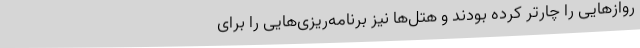
روازهایی را چارتر کرده بودند و هتل‌ها نیز برنامه‌ریزی‌هایی را برای